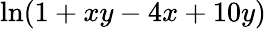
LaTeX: \ln(1+xy-4x+10y)